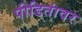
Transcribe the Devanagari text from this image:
पीडितांवर